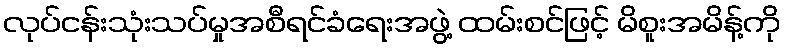
လုပ်ငန်းသုံးသပ်မှုအစီရင်ခံရေးအဖွဲ့ ထမ်းစင်ဖြင့် မိစူးအမိန့်ကို